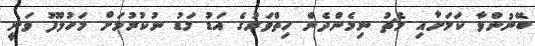
ބޭނުންވާ ކަމަށާއި މެޗު ނިމެންދެން ހިތްވަރުގެ އަޑު މަޑު ނުކުރުމަށް މަހުލޫފު ވަނީ